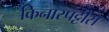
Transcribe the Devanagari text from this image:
किनारपट्टीस